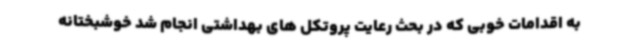
به اقدامات خوبی که در بحث رعایت پروتکل های بهداشتی انجام شد خوشبختانه